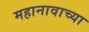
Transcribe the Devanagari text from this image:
महानावाच्या